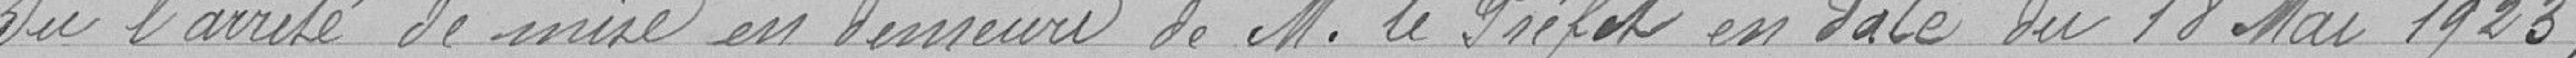
Vu l'arrêté de mise en demeure de Monsieur le Préfet en date du 18 Mai 1923 ;